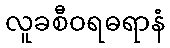
လူခစီဝရဓရာနံ